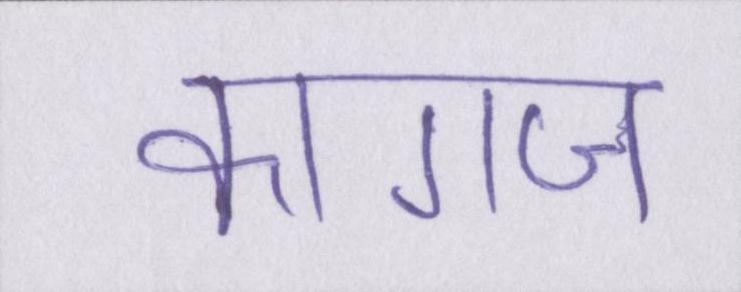
कागज